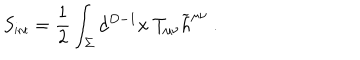
S _ { \mathrm { { \small i n t } } } = { \frac { 1 } { 2 } } \int _ { \Sigma } d ^ { D - 1 } x ~ T _ { \mu \nu } { \widetilde h } ^ { \mu \nu } ~ .